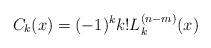
LaTeX: \begin{align*}C_{k}(x)=(-1)^{k}k!L_{k}^{(n-m)}(x)\end{align*}